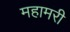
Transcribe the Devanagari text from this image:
महामरी